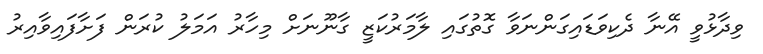
ވިދާޅުވީ އޭނާ ދެކިވަޑައިގަންނަވާ ގޮތުގައި ލާމަރުކަޒީ ގާނޫނަށް މިހާރު އަމަލު ކުރަން ފަށާފައިވާއިރު